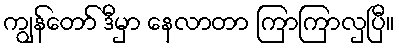
ကျွန်တော် ဒီမှာ နေလာတာ ကြာကြာလှပြီ။